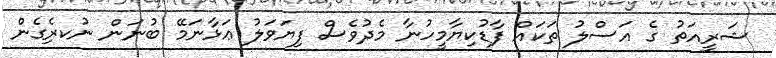
ޝަރީއަތު ގެ އަސްލު ތަކައް ފާޑުކިޔާމީހުނާ މެދުވެސް ފިޔަވަލު ޢަޅާނަމޭ ބުނަން ނުކރެިގެން